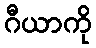
ဂီယာကို